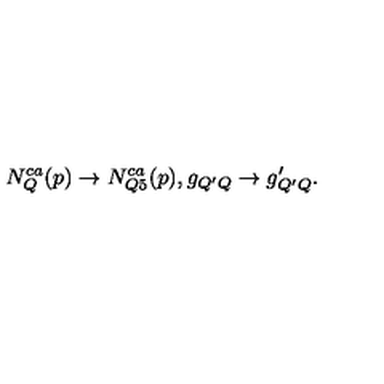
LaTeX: N _ { Q } ^ { c a } ( p ) \rightarrow N _ { Q 5 } ^ { c a } ( p ) , g _ { Q ^ { \prime } Q } \rightarrow g _ { Q ^ { \prime } Q } ^ { \prime } .